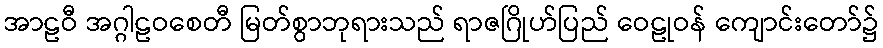
အာဠဝီ အဂ္ဂါဠဝစေတီ မြတ်စွာဘုရားသည် ရာဇဂြိုဟ်ပြည် ဝေဠုဝန် ကျောင်းတော်၌